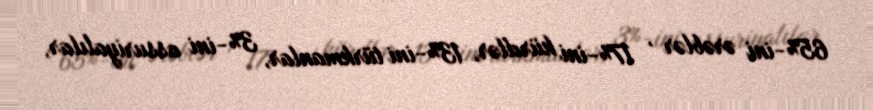
65%-ini ərəblər , 17%-ini kürdlər, 13%-ini türkmanlar, 3%-ini assuriyalılar,